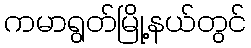
ကမာရွတ်မြို့နယ်တွင်